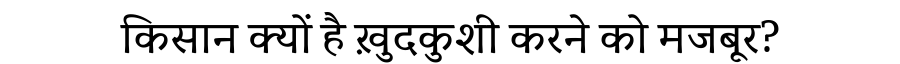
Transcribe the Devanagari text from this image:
किसान क्यों है ख़ुदकुशी करने को मजबूर?